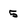
Character: 5